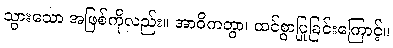
သွားသော အဖြစ်ကိုလည်း။ အာဝိကတွာ၊ ထင်စွာပြုခြင်းကြောင့်။